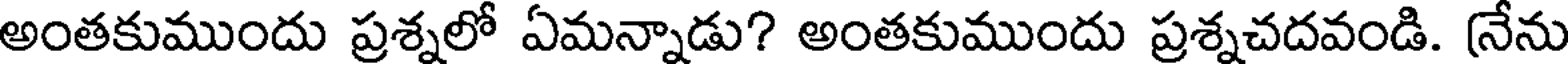
అంతకుముందు ప్రశ్నలో ఏమన్నాడు? అంతకుముందు ప్రశ్నచదవండి. (నేను